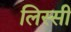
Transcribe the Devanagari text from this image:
लिस्सी